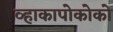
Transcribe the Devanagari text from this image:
व्हाकापोकोको